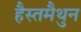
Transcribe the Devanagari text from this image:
हैस्तमैथुन